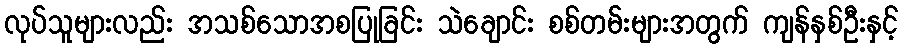
လုပ်သူများလည်း အသစ်သောအစပြုခြင်း သဲချောင်း စစ်တမ်းများအတွက် ကျန်နှစ်ဦးနှင့်